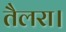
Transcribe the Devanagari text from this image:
तैलरा।